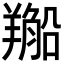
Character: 𦏂